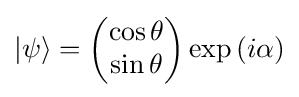
|\psi \rangle ={\begin{pmatrix}\cos \theta \\\sin \theta \end{pmatrix}}\exp \left(i\alpha \right)